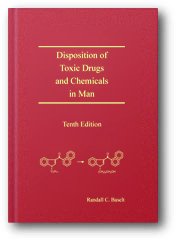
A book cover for Disposition of Toxic Drugs and Chemicals in Man; Randall C., Ph.d. Baselt; Medical Books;